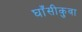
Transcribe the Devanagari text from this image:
घाँसीकुवा